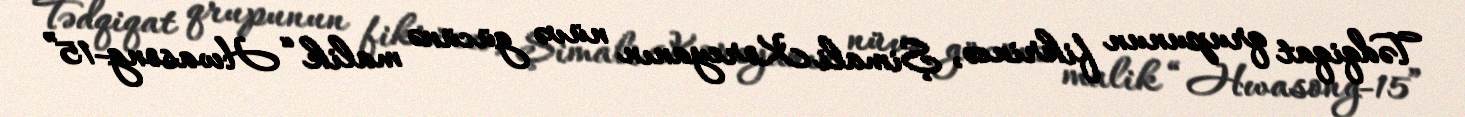
Tədqiqat qrupunun fikrincə, Şimali Koreyanın nüvə gücünə malik “Hwasong-15”